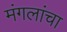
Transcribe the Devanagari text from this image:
मंगलांचा